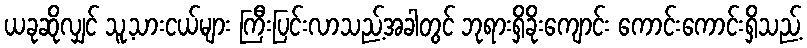
ယခုဆိုလျှင် သူ့သားငယ်များ ကြီးပြင်းလာသည့်အခါတွင် ဘုရားရှိခိုးကျောင်း ကောင်းကောင်းရှိသည့်